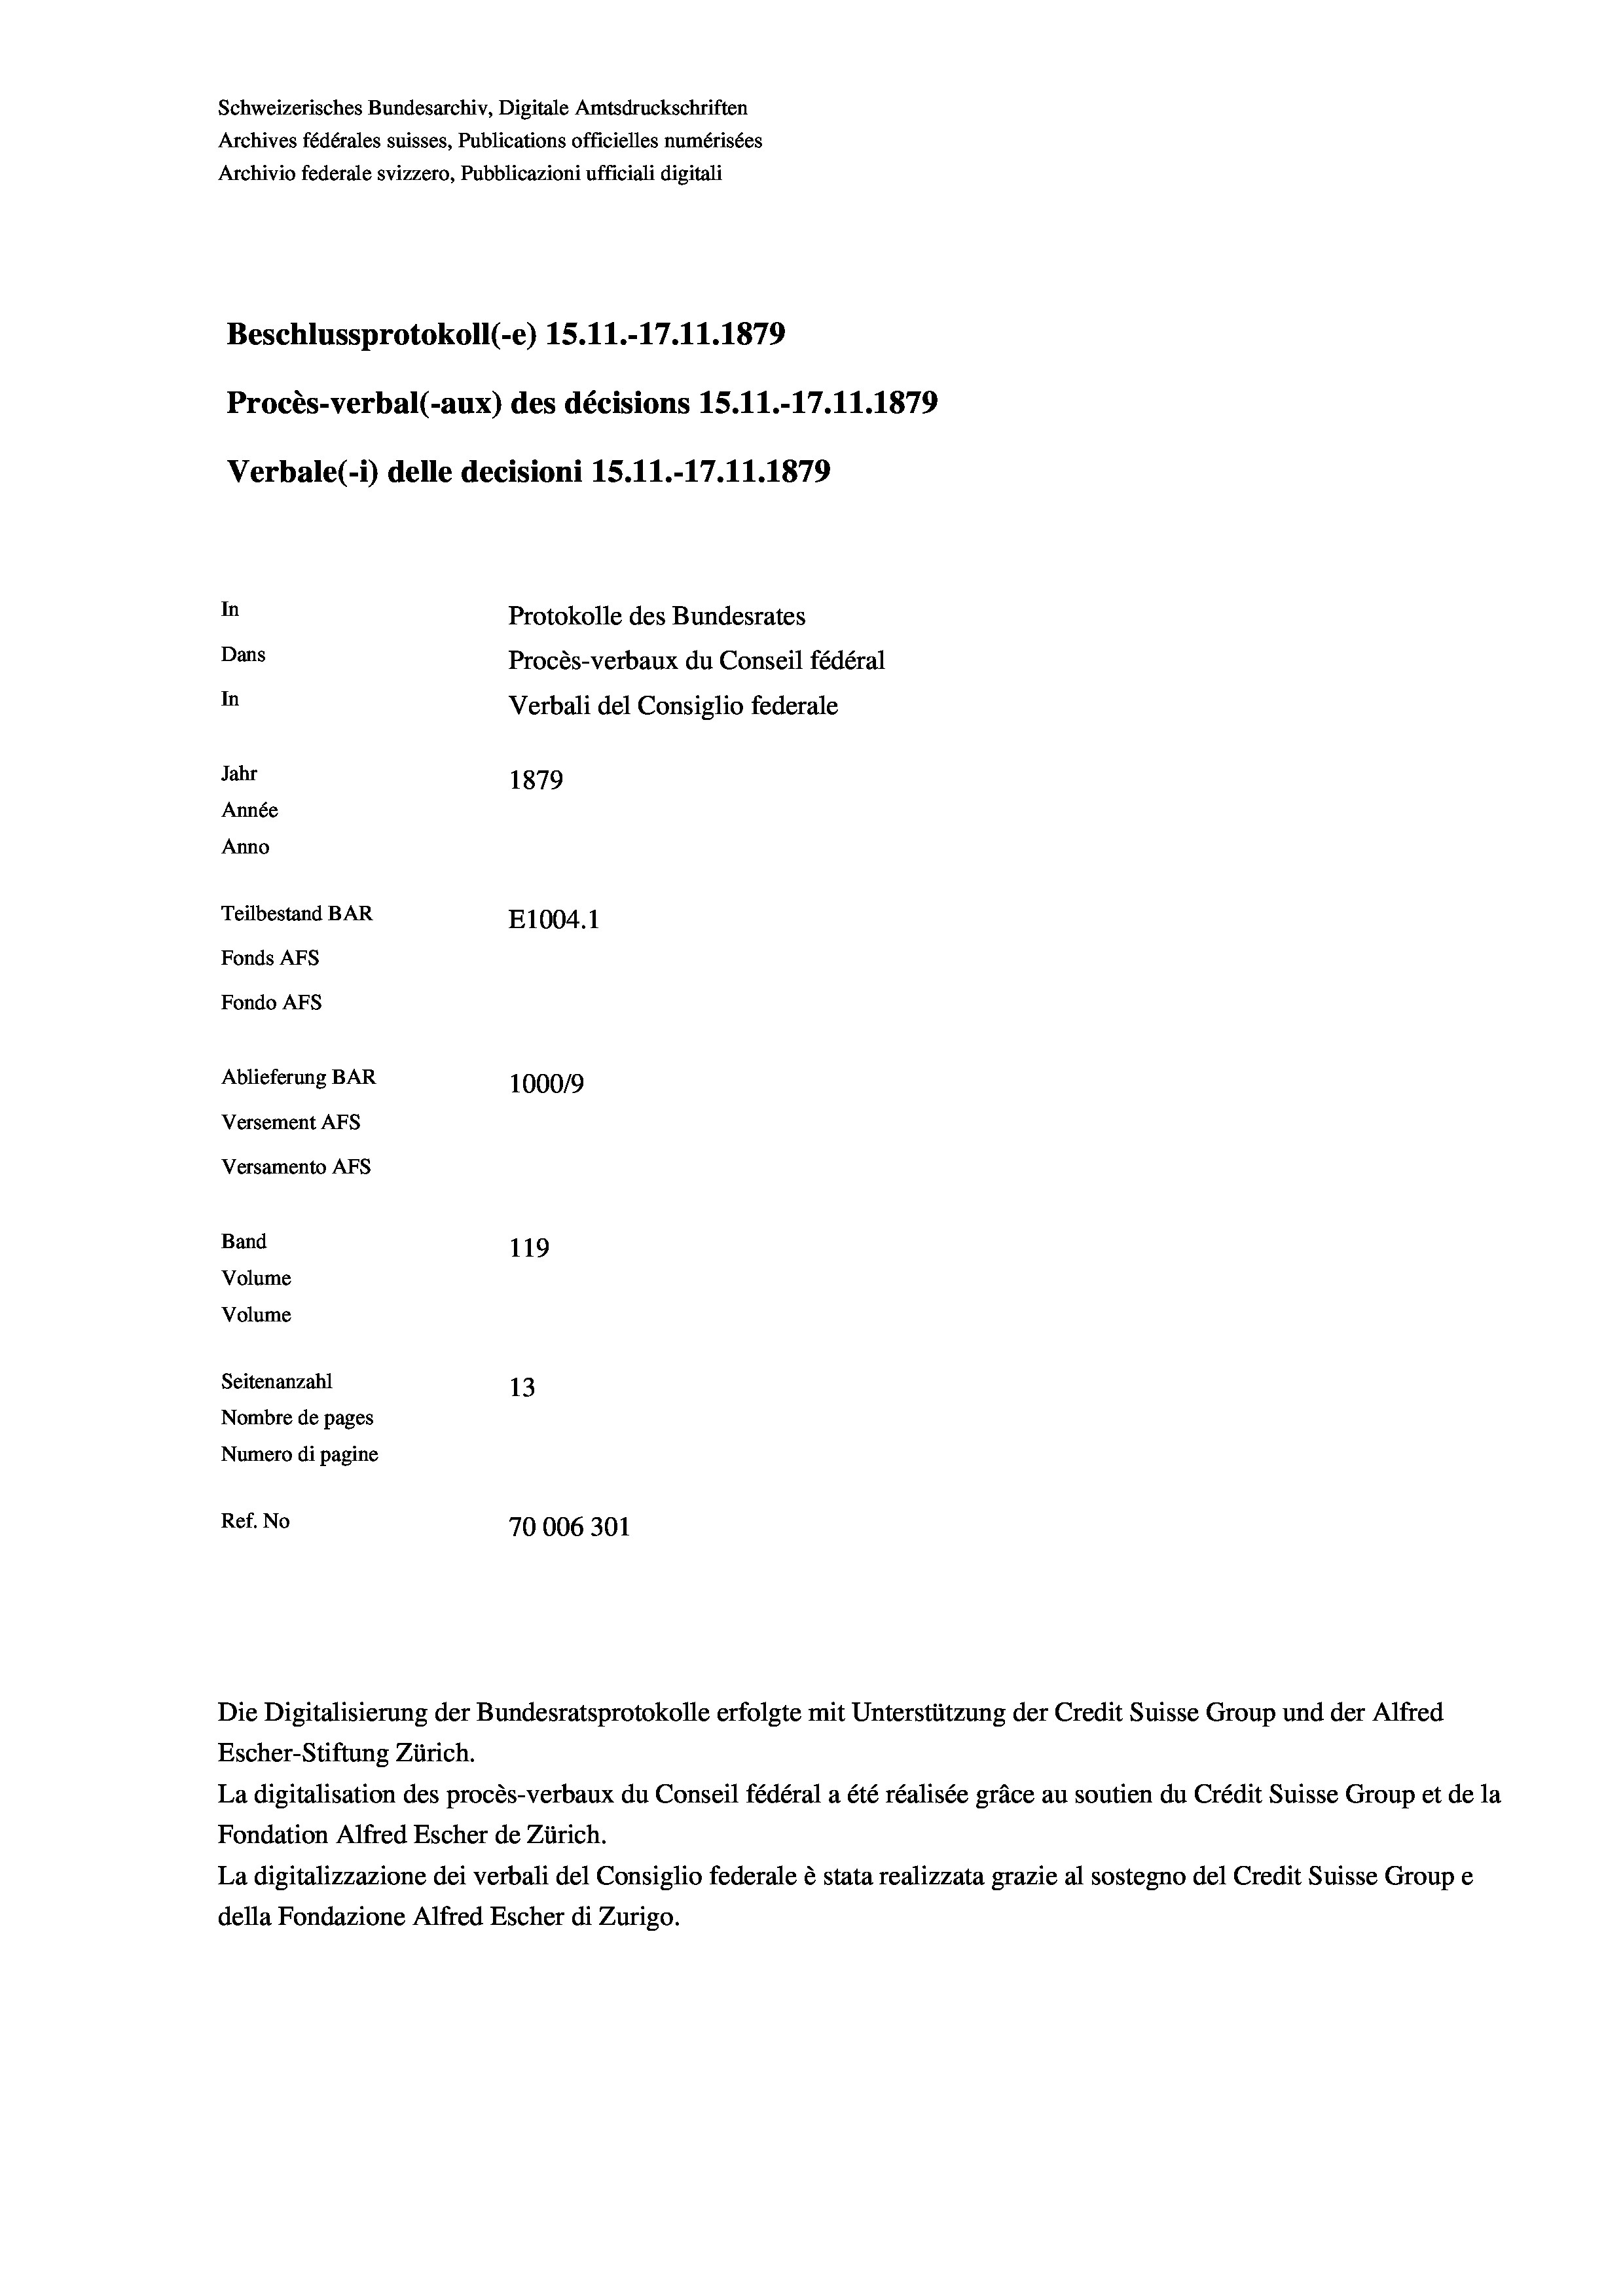
Schweizerisches Bundesarchiv, Digitale Amtsdruckschriften
Archives fédérales suisses, Publications officielles numérisées
Archivio federale svizzero, Pubblicazioni ufficiali digitali
Beschlussprotokoll (-e) 15.11.-17.11.1879
Procès-verbal (-aux) des décisions 15.11.-17.11.1879
Verbale (- 1) delle decisioni 15.11.-17.11.1879
In
Protokolle des Bundesrates
Dans
Procès-verbaux du Conseil fédéral
In
Verbali del Consiglio federale
Jahr
1879
Année
Anno
Teilbestand BAR
E1004.1
Fonds Afs
Fondo AFs
Ablieferung BAR
100019
Versement AFs
Versamento AFs
Band
119

Seitenanzahl
13
Nombre de pages
Numero di pagine
Ref. No
70006301

Volume
Volume

Die Digitalisierung der Bundesratsprotokolle erfolgte mit Unterstützung der Credit Suisse Group und der Alfred
Escher-Stiftung Zürich.
La digitalisation des procès-verbaux du Conseil fédéral a été réalisée gräce au soutien du Crédit Suisse Group et de la
Fondation Alfred Escher de Zürich.
La digitalizzazione dei verbali del Consiglio federale è stata realizzata grazie al sostegno del Credit Suisse Groupe
della Fondazione Alfred Escher di Zurigo.